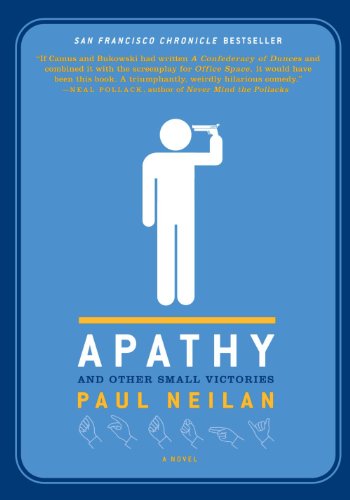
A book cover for Apathy and Other Small Victories; Paul Neilan; Literature & Fiction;